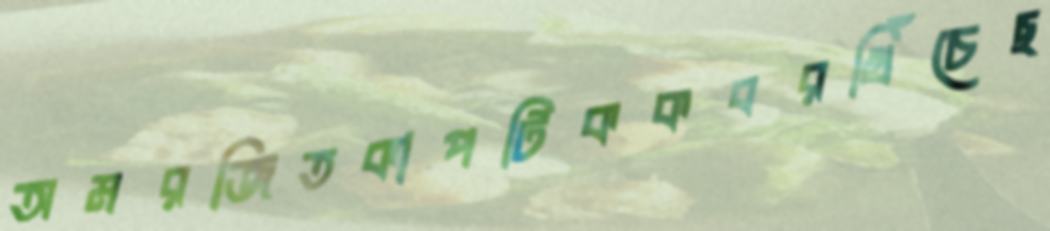
অমরজিতকাপটিককবরখিঁচেছ